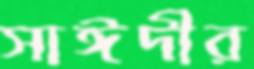
সাঈদীর